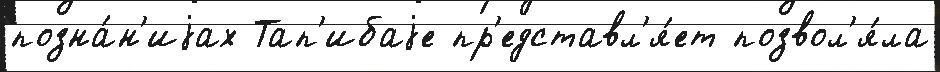
позна́н'иjах Тап'ибаjе пр'едставл'я́ет позвол'я́ла